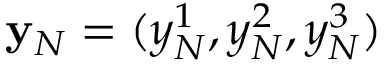
{ \bf y } _ { N } = ( y _ { N } ^ { 1 } , y _ { N } ^ { 2 } , y _ { N } ^ { 3 } )